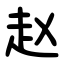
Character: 赵